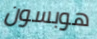
هوبسون